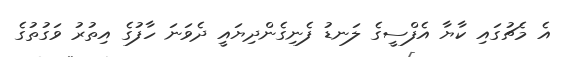
އެ މެޗުގައި ކާޔާ އެފްސީގެ ލަނޑު ފެނިގެންދިޔައީ ދެވަނަ ހާފުގެ އިތުރު ވަގުތުގެ